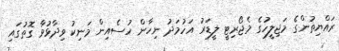
ރައްޔިތުންގެ މަޖިލީހުގެ މެޖޯރިޓީ ލީޑަރު އަހުމަދު ނިހާން ހުސެއިން މަނިކު ވިދާޅުވާ ގޮތުގައި